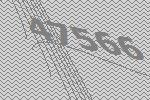
47566